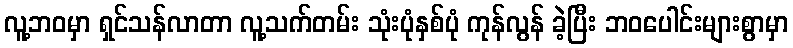
လူ့ဘဝမှာ ရှင်သန်လာတာ လူ့သက်တမ်း သုံးပုံနှစ်ပုံ ကုန်လွန် ခဲ့ပြီး ဘဝပေါင်းများစွာမှာ